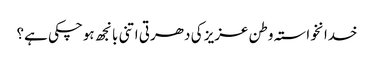
خدانخواستہ وطن عزیز کی دھرتی اتنی بانجھ ہوچکی ہے؟